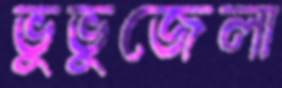
ভুভুজেলা